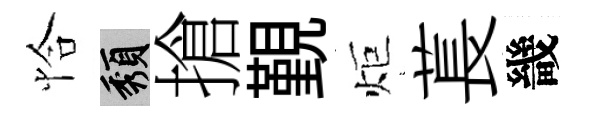
恰頽搶覲炬萇畿